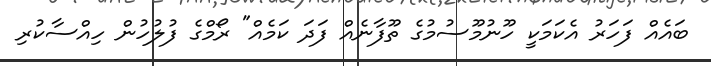
ބައެއް ފަހަރު އެކަމަކީ ހޫނުމޫސުމުގެ ތޫފާނެއް ފަދަ ކަމެއް" ރޯމްގެ ފުލުހުން ހިއްސާކުރި